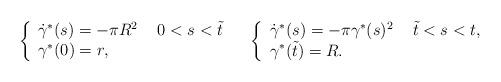
LaTeX: \begin{align*}\left\{\begin{array}{ll}\dot{\gamma}^\ast(s)=-\pi R^2 & \ 0<s<\tilde{t}\\\gamma^\ast(0)=r, & \end{array}\right. \quad\left\{\begin{array}{ll}\dot{\gamma}^\ast(s)=-\pi\gamma^\ast(s)^2 & \ \tilde{t}<s<t, \\\gamma^\ast(\tilde{t})=R. & \end{array}\right. \end{align*}